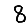
Digit: 8